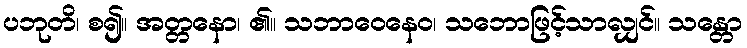
ပဘုတိ၊ စ၍။ အတ္တနော၊ ၏။ သဘာဝေနေဝ၊ သဘောဖြင့်သာလျှင်။ သန္တော